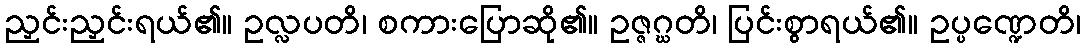
ညှင်းညှင်းရယ်၏။ ဥလ္လပတိ၊ စကားပြောဆို၏။ ဥဇ္ဇဂ္ဃတိ၊ ပြင်းစွာရယ်၏။ ဥပ္ပဏ္ဍေတိ၊